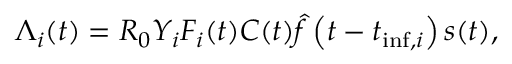
\Lambda _ { i } ( t ) = R _ { 0 } Y _ { i } F _ { i } ( t ) C ( t ) \hat { f } \left( t - t _ { \mathrm { i n f } , i } \right) s ( t ) ,